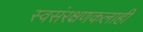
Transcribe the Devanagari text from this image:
स्वसंरक्षणकलाही